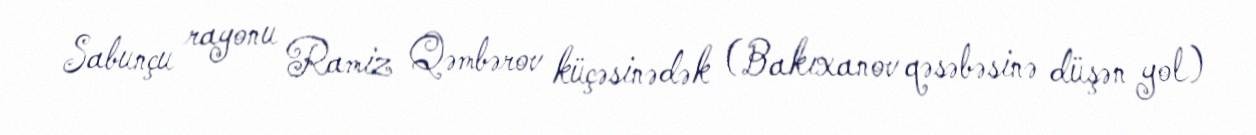
Sabunçu rayonu Ramiz Qəmbərov küçəsinədək (Bakıxanov qəsəbəsinə düşən yol)